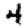
Digit: 4